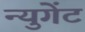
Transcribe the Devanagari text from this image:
न्युगेंट